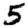
Digit: 5